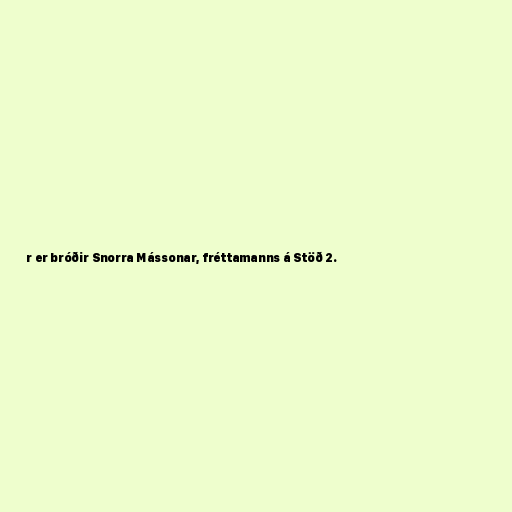
r er bróðir Snorra Mássonar, fréttamanns á Stöð 2.